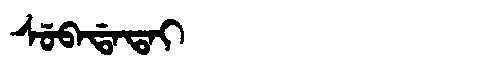
Manchu: ᠰᡠᠪᠠᡩᠠᡨᠠᡳ
Romanization: SUBADATAI